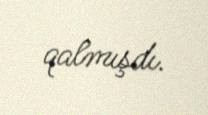
qalmışdı.